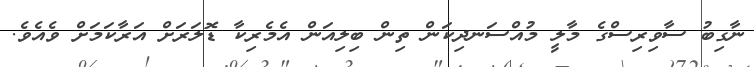
ނާގިބު ސާވިރިސްގެ މާލީ މުއްސަނދިކަން ތިން ބިލިއަން އެމެރިކާ ޑޮލަރަށް އަރާކަމަށް ވެއެވެ.